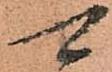
可